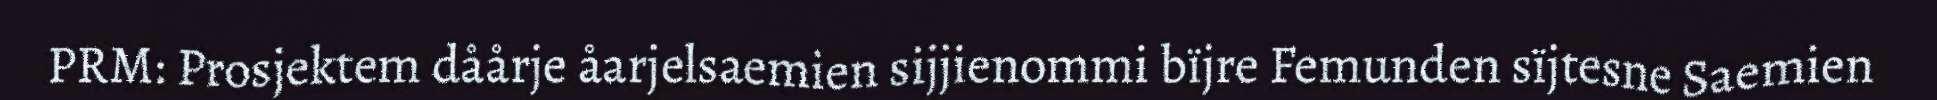
PRM: Prosjektem dåårje åarjelsaemien sijjienommi bïjre Femunden sïjtesne Saemien